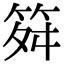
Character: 𥬫